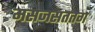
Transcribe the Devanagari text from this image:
मसजसततग